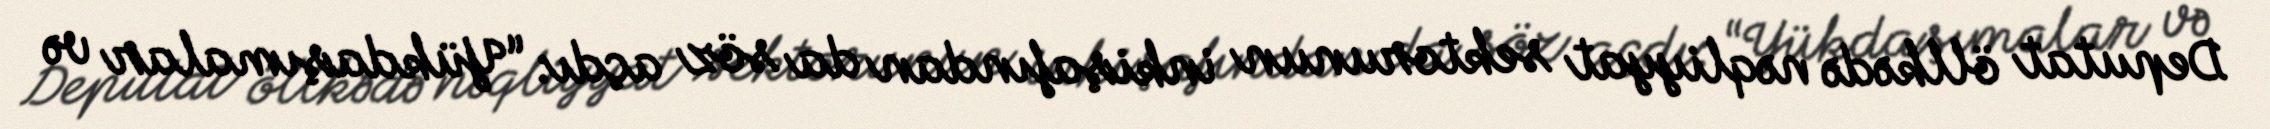
Deputat öllkədə nəqliyyat sektorunun inkişafından da söz açdı: “Yükdaşımalar və